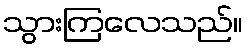
သွားကြလေသည်။